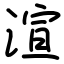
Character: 渲